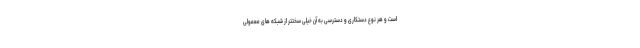
است و هر نوع دستکاری و دسترسی به آن خیلی سختتر از شبکه های معمولی